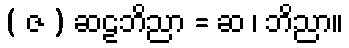
( ဇ ) ဆဠဘိညာ = ဆ ၊ ဘိညာ။